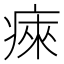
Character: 㾢